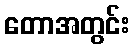
တောအတွင်း